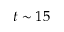
t \sim 1 5